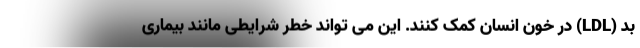
بد (LDL) در خون انسان کمک کنند. این می تواند خطر شرایطی مانند بیماری